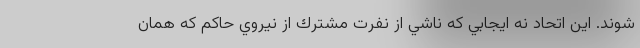
شوند. اين اتحاد نه ايجابي كه ناشي از نفرت مشترك از نيروي حاكم كه همان